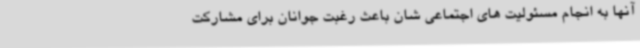
آنها به انجام مسئولیت های اجتماعی شان باعث رغبت جوانان برای مشارکت